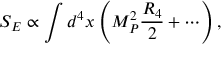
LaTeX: S _ { E } \propto \int d ^ { 4 } x \left( M _ { P } ^ { 2 } \frac { R _ { 4 } } { 2 } + \cdots \right) ,